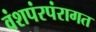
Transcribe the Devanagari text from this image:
वंशपंरपंरागत